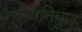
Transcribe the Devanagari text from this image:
न्यायनिपुण